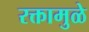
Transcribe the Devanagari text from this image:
रक्तामुळे